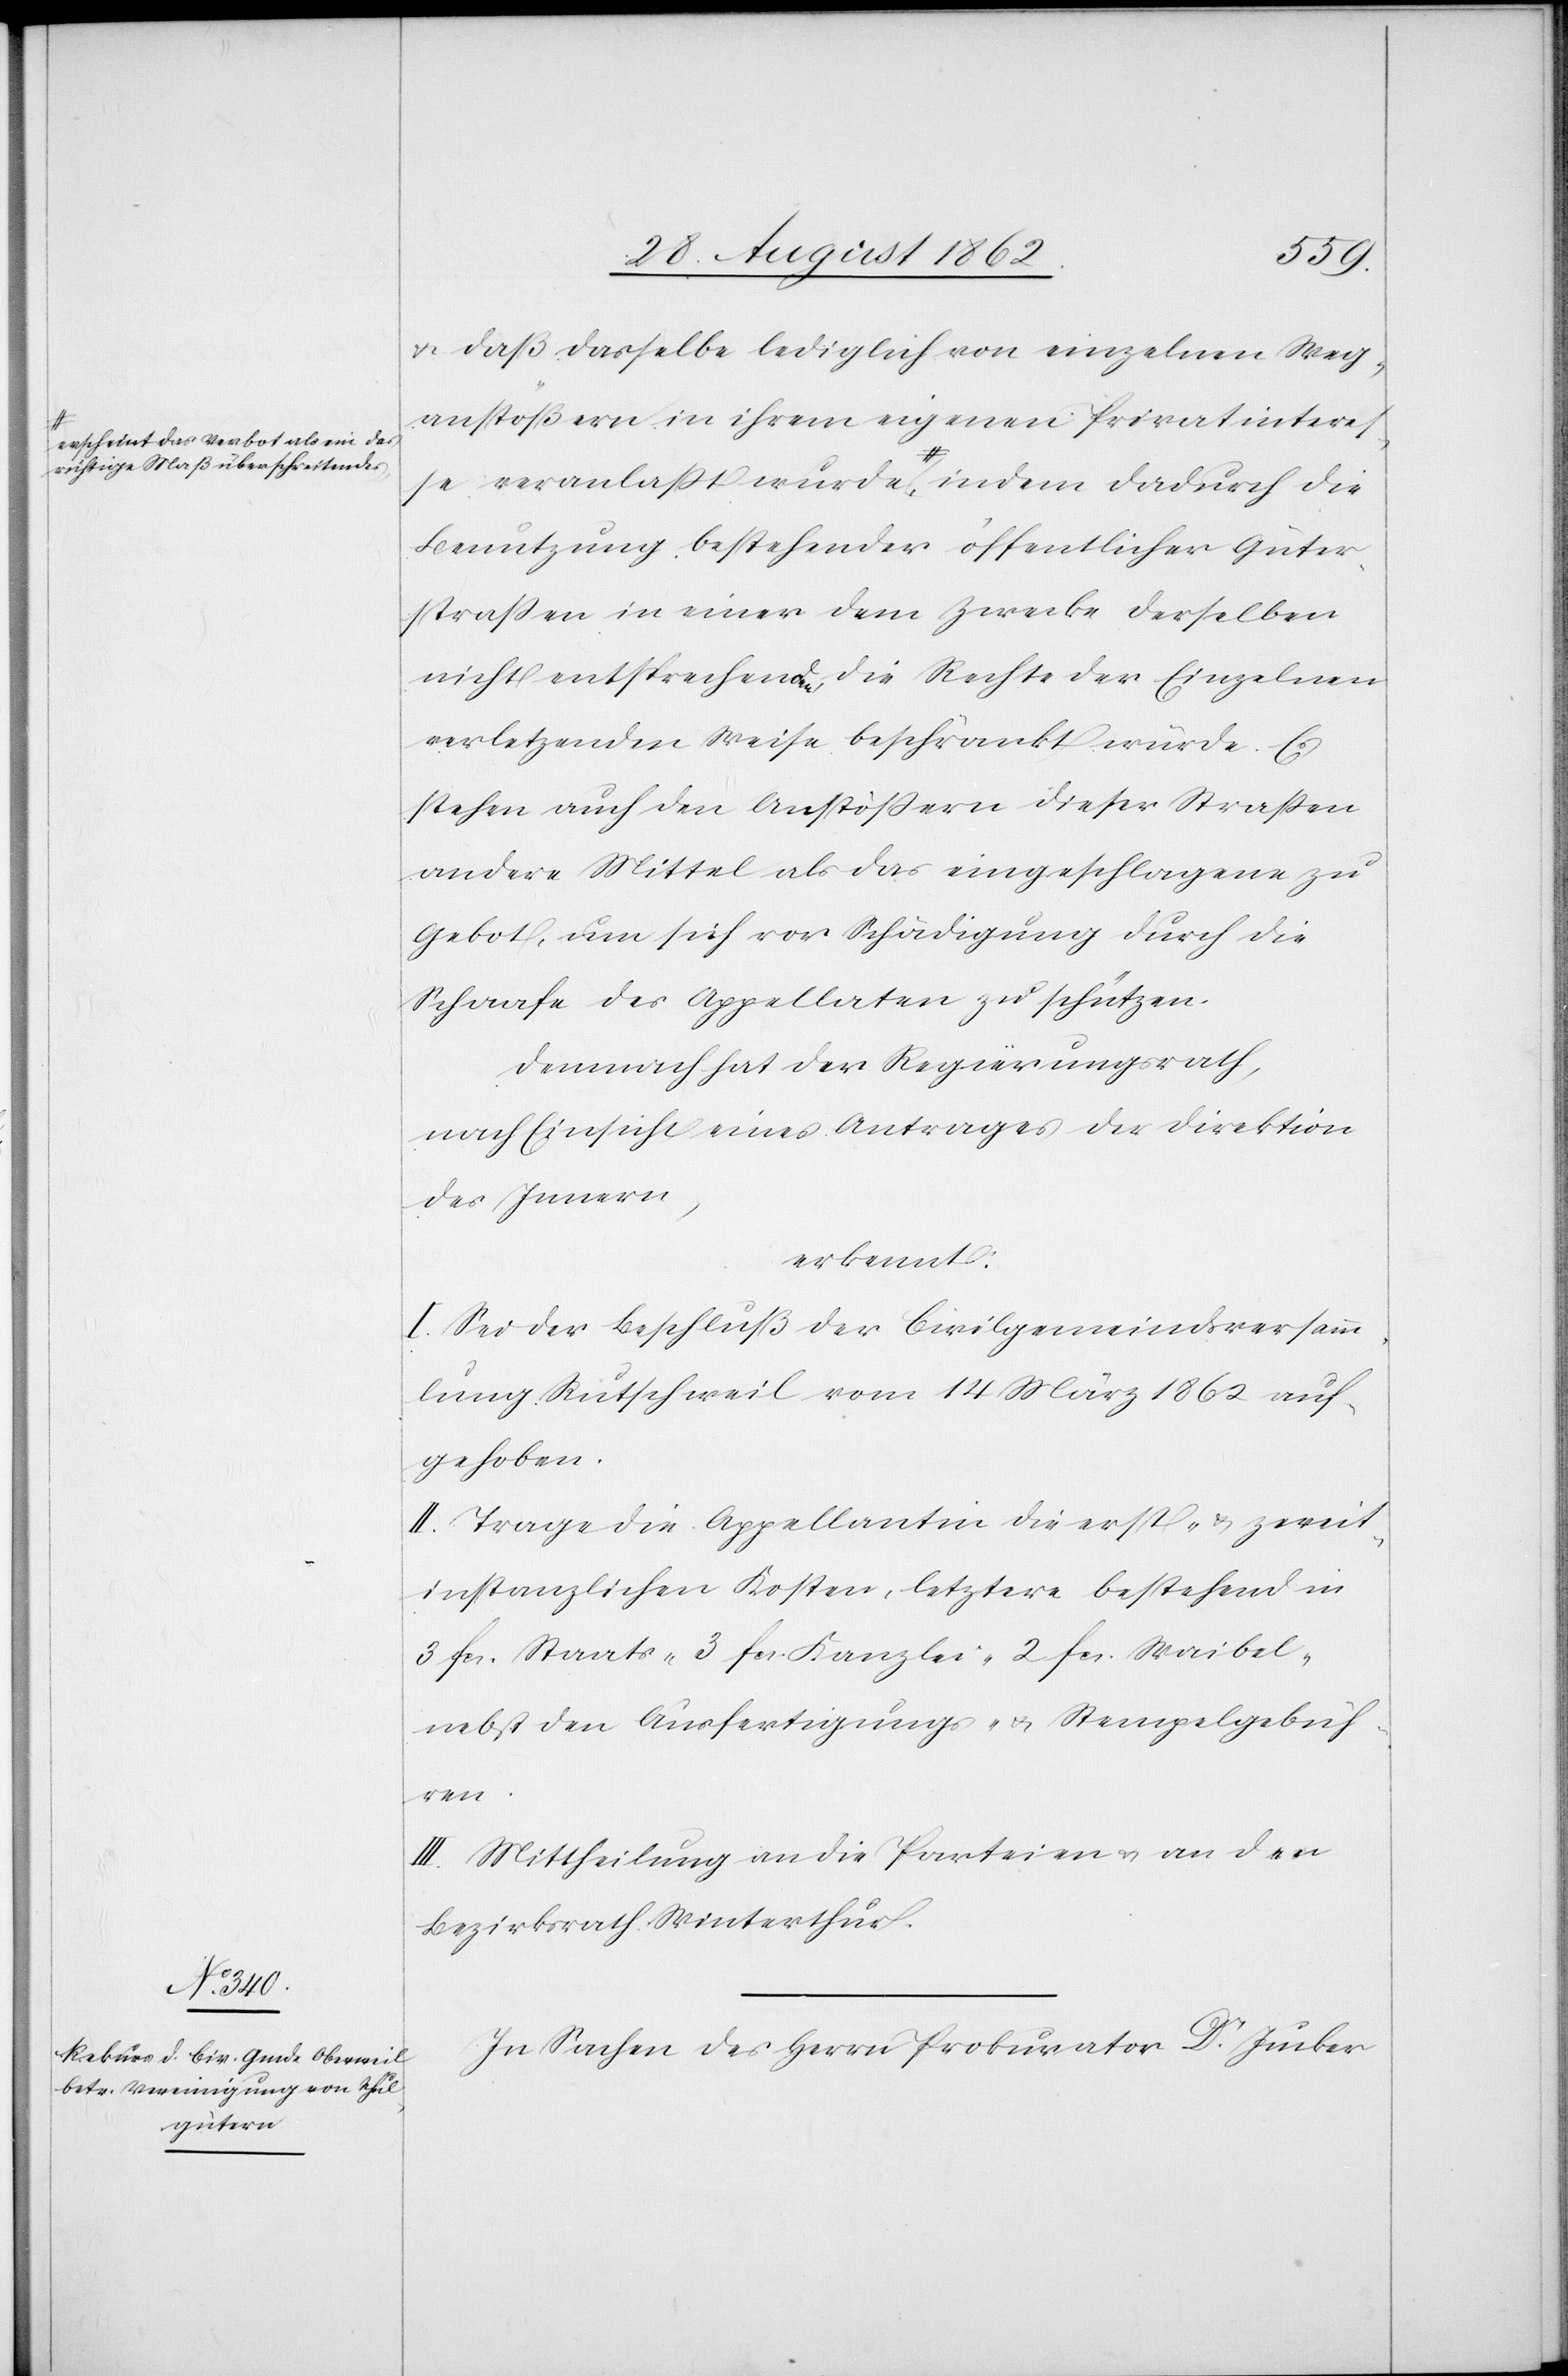
a-erscheint das Verbot als ein das
richtige Maß überschreitende¬

u. daß dasselbe lediglich von einzelnen Weg¬
anstößern in ihrem eigenen Privatinteresse
Benutzung bestehender öffentlicher Güter¬
straßen in einer dem Zwecke derselben
nicht entsprechenden, die Rechte der Einzelnen
verletzenden Weise beschränkt würde. Es
stehen auch den Anstößern dieser Straßen
andere Mittel als das eingeschlagene zu
Gebot, um sich vor Schädigungen durch die
Schaafe des Appellaten zu schützen.
Demnach hat der Regierungsrath,
nach Einsicht eines Antrages der Direktion
des Innern,
I. Sei der Beschluß der Civilgemeindsversamm¬
lung Rutschweil vom 14. März 1862 auf¬
gehoben.
II. Trage die Appellantin die erst- u. zweit¬
instanzlichen Kosten, letztere bestehend in
3 fcs. Staats-[,] 3 fcs. Kanzlei-[,] 2 fcs. Waibel-
nebst den Ausfertigungs- u. Stempelgebüh¬
ren.
III. Mittheilung an die Parteien u. an den
Bezirksrath Winterthur.
In Sachen des Herrn Prokurator Dr. Jucker